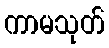
ကာမသုတ်